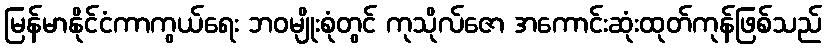
မြန်မာနိုင်ငံကာကွယ်ရေး ဘဝမျိုးစုံတွင် ကုသိုလ်ဇော အကောင်းဆုံးထုတ်ကုန်ဖြစ်သည်